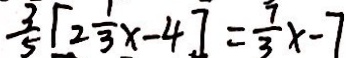
\frac { 3 } { 5 } [ 2 \frac { 1 } { 3 } x - 4 ] = \frac { 7 } { 3 } x - 7